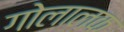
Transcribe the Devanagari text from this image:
गोलालक